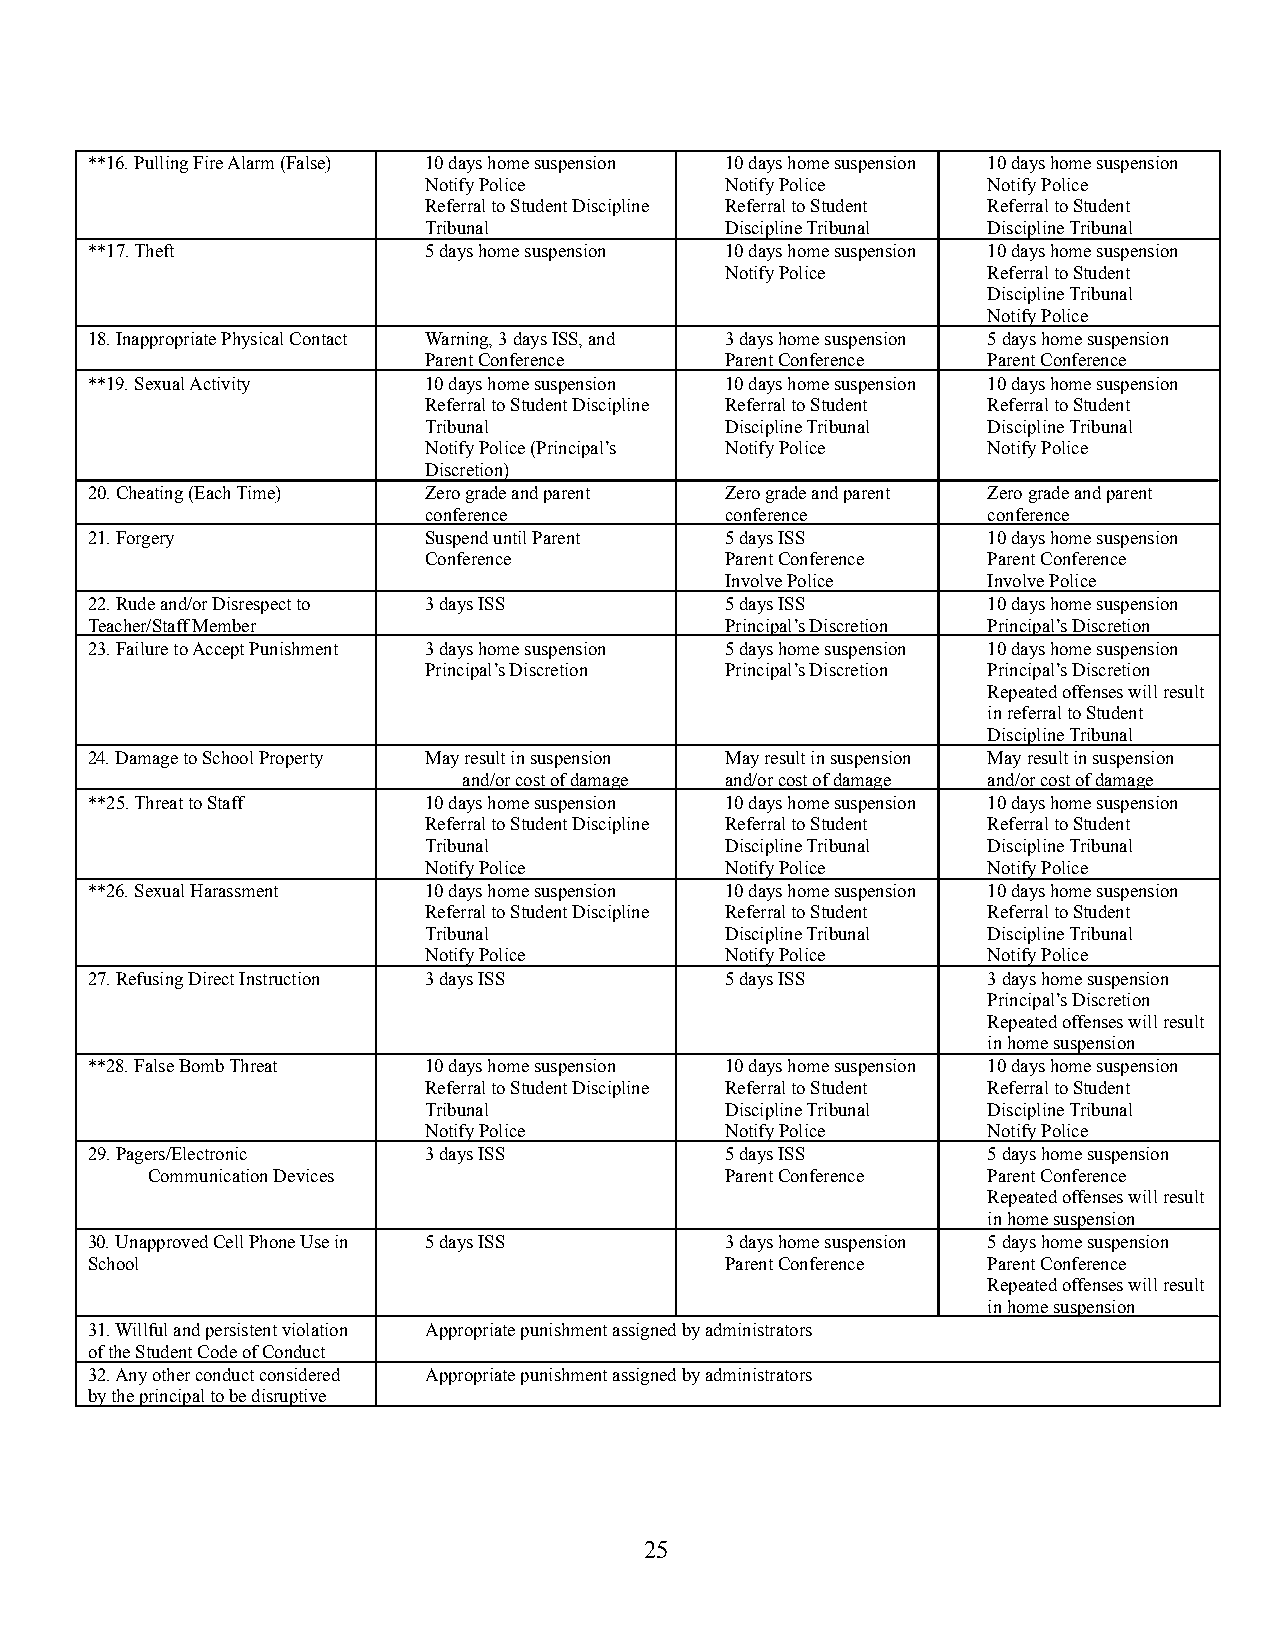
**16. Pulling Fire Alarm (False) 10 days home suspension 10 days home suspension 10 days home suspension
 Notify Police       Notify Police    Notify Police
 Referral to Student Discipline Referral to Student Referral to Student
 Tribunal            Discipline Tribunal Discipline Tribunal
 **17. Theft           5 days home suspension 10 days home suspension 10 days home suspension
 Notify Police    Referral to Student
 Discipline Tribunal
 Notify Police
 18. Inappropriate Physical Contact Warning, 3 days ISS, and 3 days home suspension 5 days home suspension
 Parent Conference   Parent Conference Parent Conference
 **19. Sexual Activity 10 days home suspension 10 days home suspension 10 days home suspension
 Referral to Student Discipline Referral to Student Referral to Student
 Tribunal            Discipline Tribunal Discipline Tribunal
 Notify Police (Principal’s Notify Police Notify Police
 Discretion)
 20. Cheating (Each Time) Zero grade and parent Zero grade and parent Zero grade and parent
 conference          conference       conference
 21. Forgery           Suspend until Parent 5 days ISS      10 days home suspension
 Conference          Parent Conference Parent Conference
 Involve Police   Involve Police
 22. Rude and/or Disrespect to 3 days ISS  5 days ISS       10 days home suspension
 Teacher/Staff Member                      Principal’s Discretion Principal’s Discretion
 23. Failure to Accept Punishment 3 days home suspension 5 days home suspension 10 days home suspension
 Principal’s Discretion Principal’s Discretion Principal’s Discretion
 Repeated offenses will result
 in referral to Student
 Discipline Tribunal
 24. Damage to School Property May result in suspension May result in suspension May result in suspension
 and/or cost of damage and/or cost of damage and/or cost of damage
 **25. Threat to Staff 10 days home suspension 10 days home suspension 10 days home suspension
 Referral to Student Discipline Referral to Student Referral to Student
 Tribunal            Discipline Tribunal Discipline Tribunal
 Notify Police       Notify Police    Notify Police
 **26. Sexual Harassment 10 days home suspension 10 days home suspension 10 days home suspension
 Referral to Student Discipline Referral to Student Referral to Student
 Tribunal            Discipline Tribunal Discipline Tribunal
 Notify Police       Notify Police    Notify Police
 27. Refusing Direct Instruction 3 days ISS 5 days ISS      3 days home suspension
 Principal’s Discretion
 Repeated offenses will result
 in home suspension
 **28. False Bomb Threat 10 days home suspension 10 days home suspension 10 days home suspension
 Referral to Student Discipline Referral to Student Referral to Student
 Tribunal            Discipline Tribunal Discipline Tribunal
 Notify Police       Notify Police    Notify Police
 29. Pagers/Electronic 3 days ISS          5 days ISS       5 days home suspension
 Communication Devices                 Parent Conference Parent Conference
 Repeated offenses will result
 in home suspension
 30. Unapproved Cell Phone Use in 5 days ISS 3 days home suspension 5 days home suspension
 School                                    Parent Conference Parent Conference
 Repeated offenses will result
 in home suspension
 31. Willful and persistent violation Appropriate punishment assigned by administrators
 of the Student Code of Conduct
 32. Any other conduct considered Appropriate punishment assigned by administrators
 by the principal to be disruptive
 25